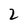
Character: 2